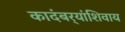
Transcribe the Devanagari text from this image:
कादंबर्‍यांशिवाय